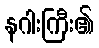
နဂါးကြီး၏